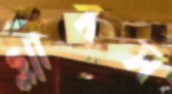
গ্লাবস